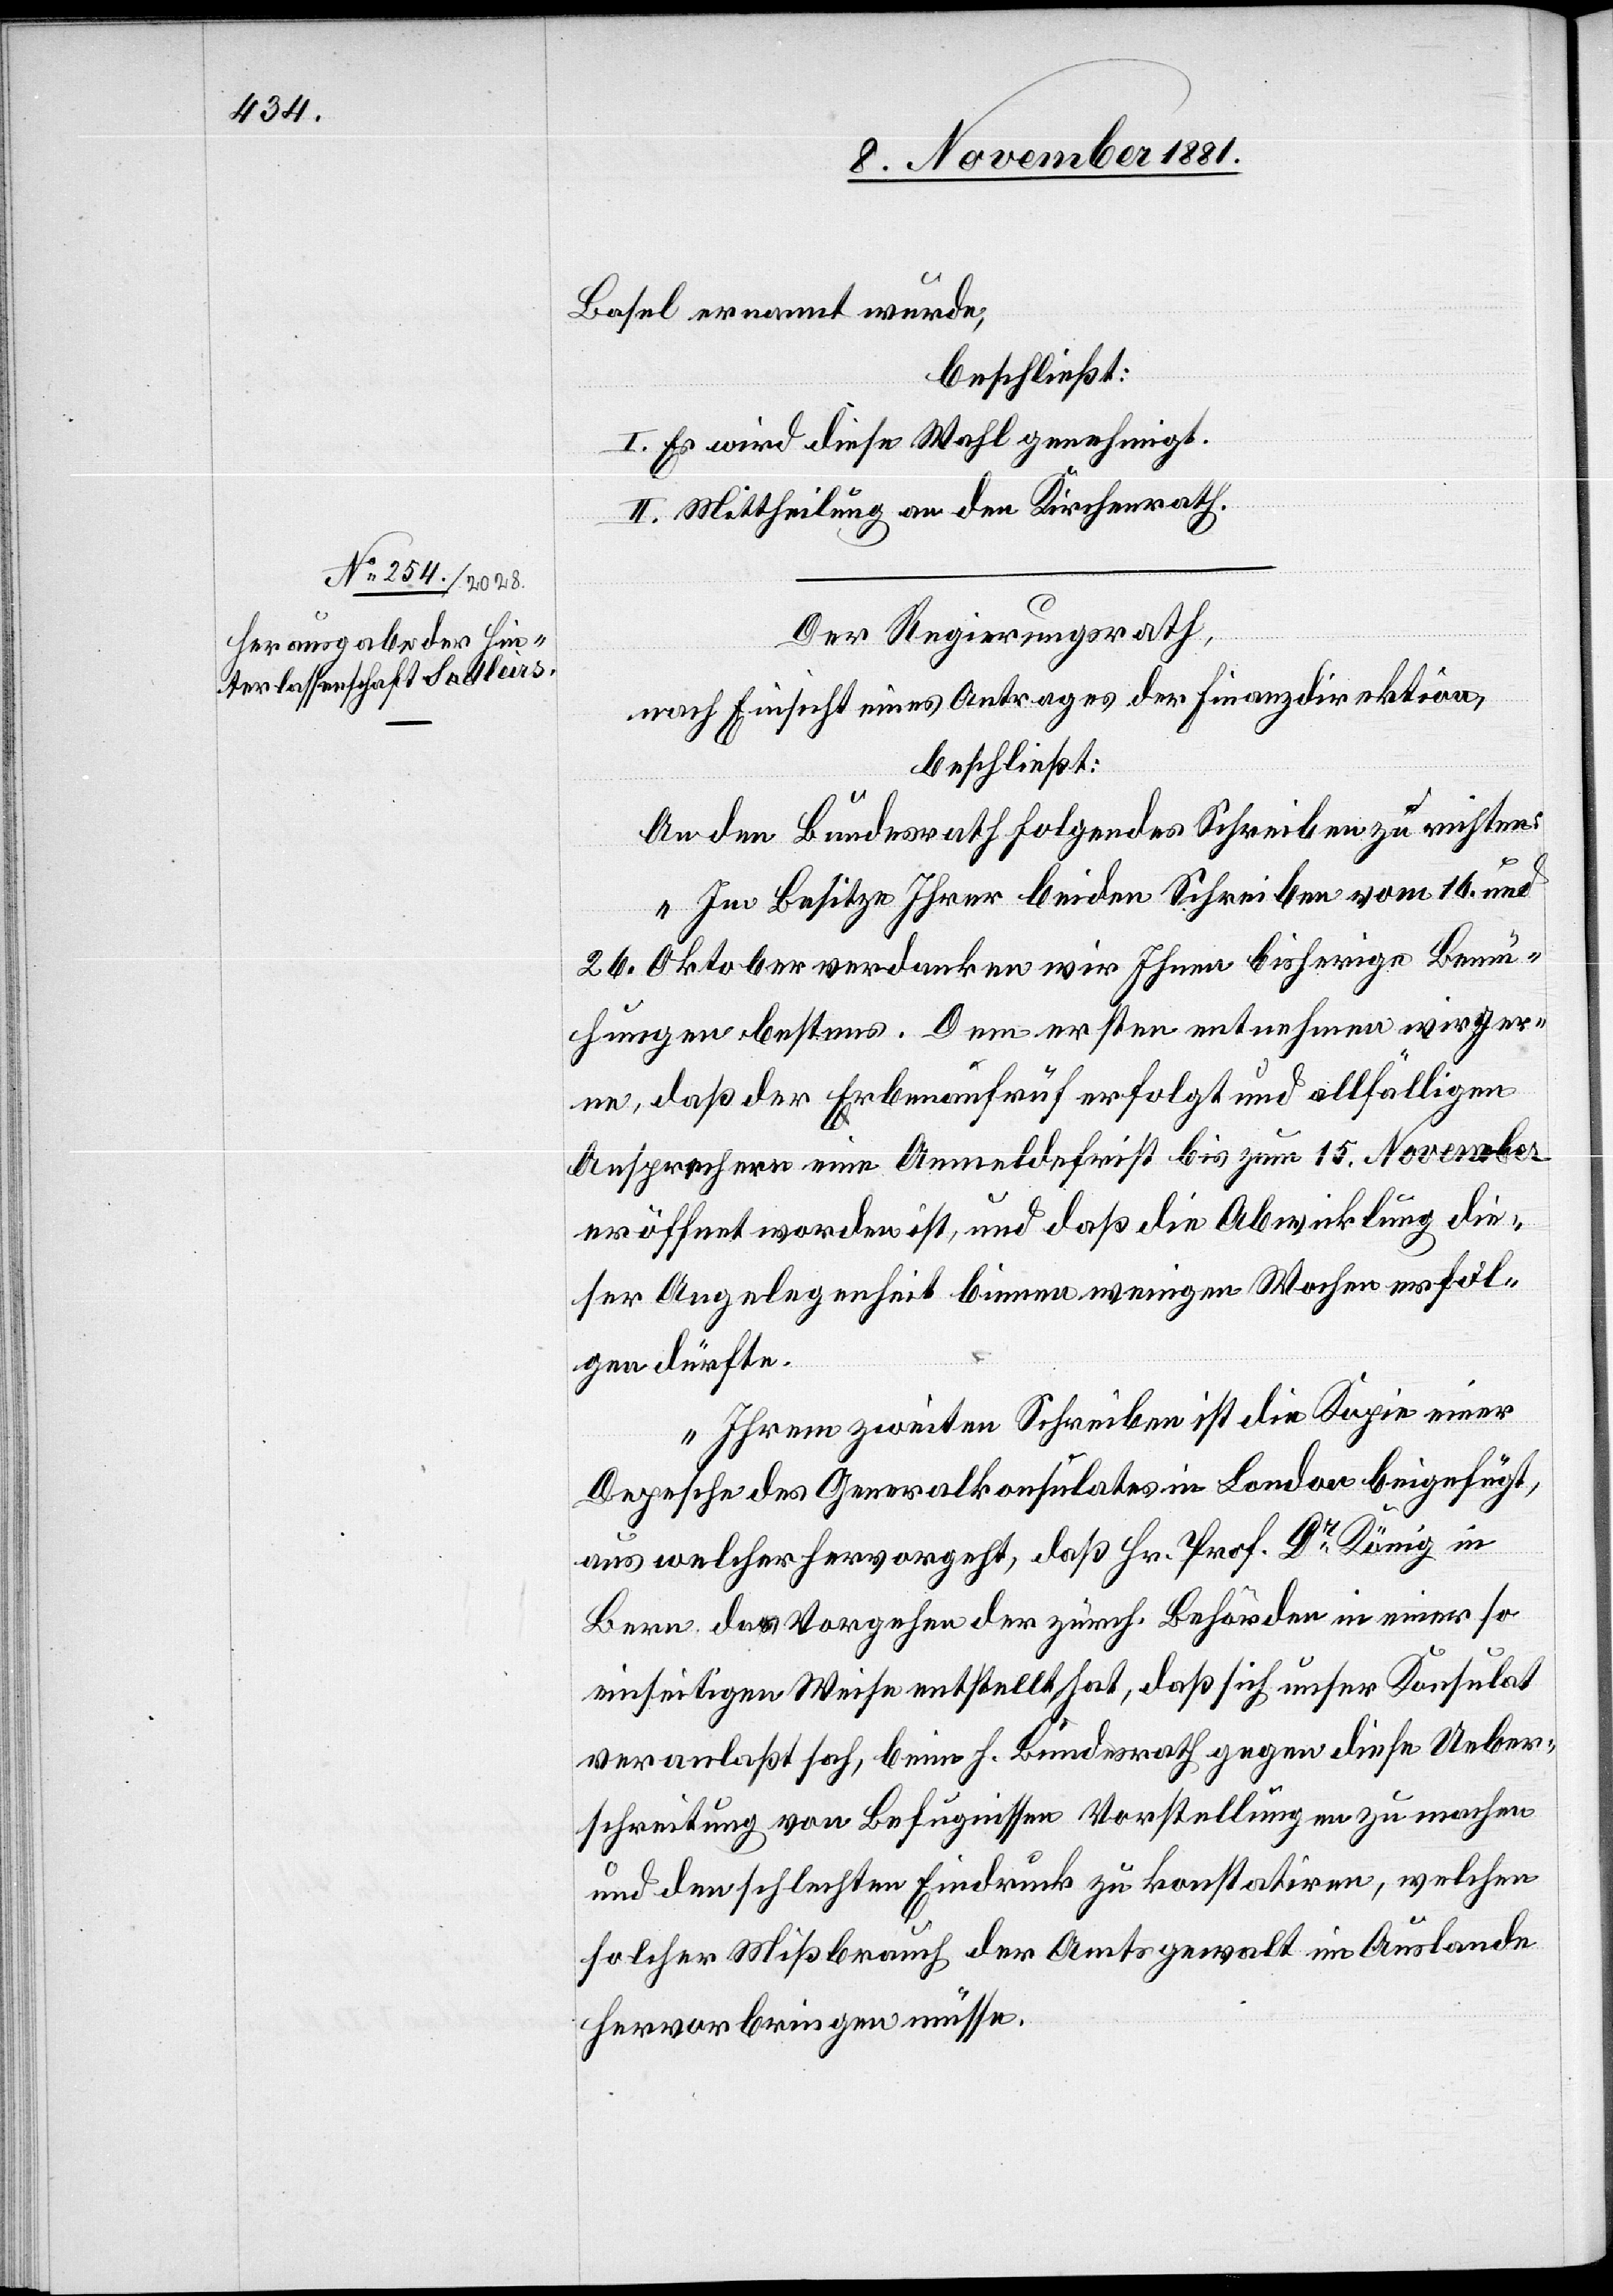
Basel ernannt wurde,
beschließt:
I. Es wird diese Wahl genehmigt.
II. Mittheilung an den Kirchenrath.
Der Regierungsrath,
nach Einsicht eines Antrages der Finanzdirektion,
beschließt:
An den Bundesrath folgendes Schreiben zu richten:
„Im Besitze Ihrer beiden Schreiben vom 16. und
26. Oktober verdanken wir Ihnen bisherige Bemü¬
hungen bestens. Dem ersten entnehmen wir ger¬
ne, daß der Erbenaufruf erfolgt und allfälligen
Ansprechern eine Anmeldefrist bis zum 15. November
eröffnet worden ist, und daß die Abwicklung die¬
ser Angelegenheit binnen wenigen Wochen erfol¬
gen dürfte.
Ihrem zweiten Schreiben ist die Kopie einer
Depesche des Generalkonsulates in London beigefügt,
aus welcher hervorgeht, daß Hr. Prof. Dr König in
Bern das Vorgehen der zürch. Behörden in einer so
einseitigen Weise entstellt hat, daß sich unser Konsulat
veranlaßt sah, beim h. Bundesrath gegen diese Ueber¬
schreitung von Befugnissen Vorstellungen zu machen
und den schlechten Eindruck zu konstatiren, welchen
solcher Mißbrauch der Amtsgewalt im Auslande
hervorbringen müsse.